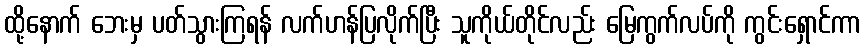
ထို့နောက် ဘေးမှ ပတ်သွားကြရန် လက်ဟန်ပြလိုက်ပြီး သူကိုယ်တိုင်လည်း မြေကွက်လပ်ကို ကွင်းရှောင်ကာ